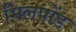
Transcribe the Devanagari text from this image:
मिलपोंड